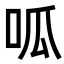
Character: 呱